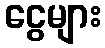
ငွေများ